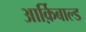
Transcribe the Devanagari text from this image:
आर्क़िबाल्ड